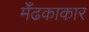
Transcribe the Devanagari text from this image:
मेँढकाकार